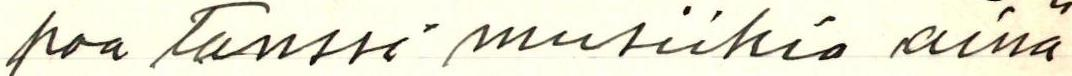
paa tanssi musiikkia aina